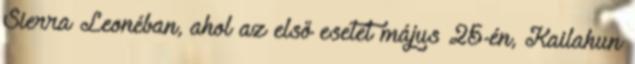
Sierra Leonéban, ahol az első esetet május 25-én, Kailahun